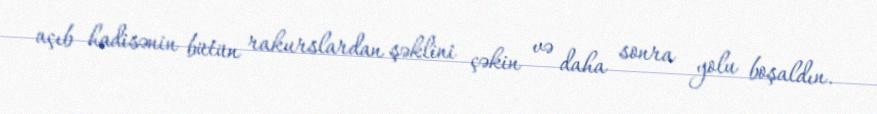
açıb hadisənin bütün rakurslardan şəklini çəkin və daha sonra yolu boşaldın.